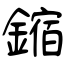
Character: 鏥